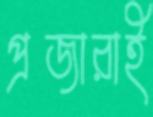
প্রজারাই